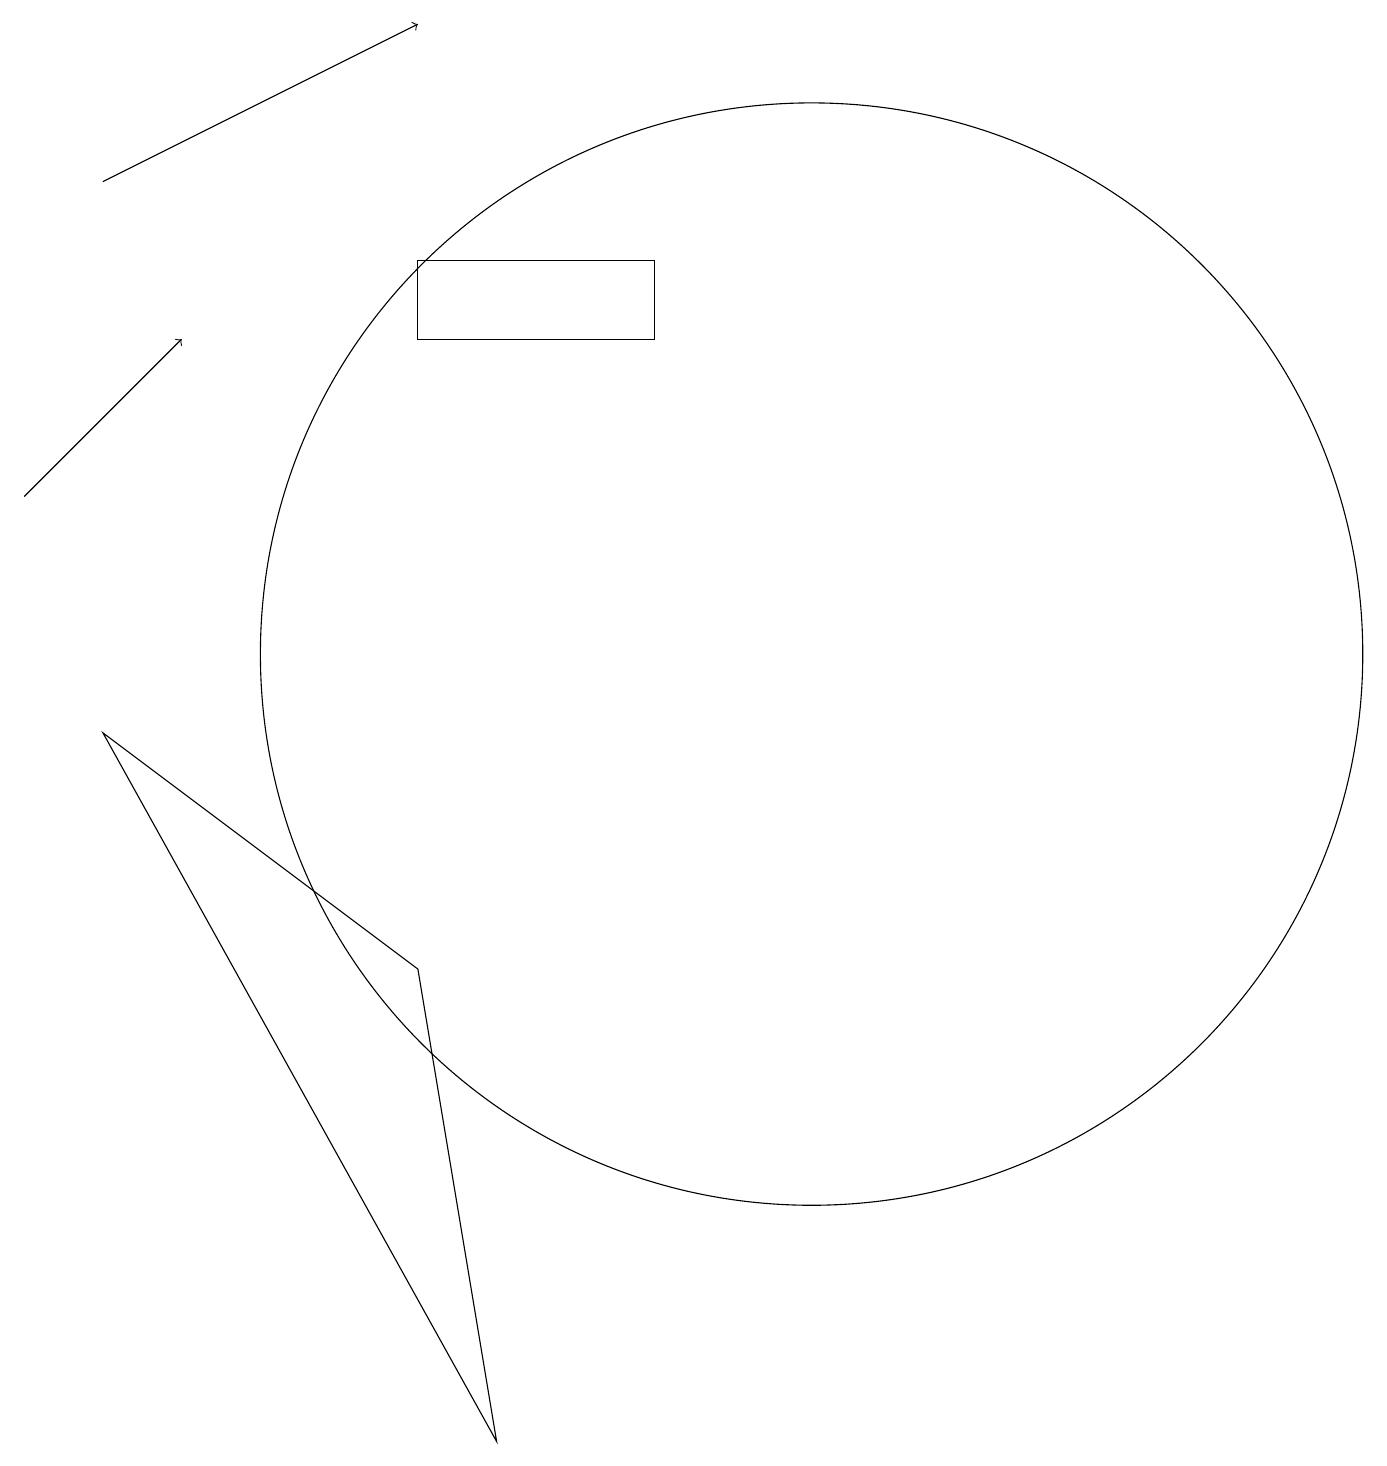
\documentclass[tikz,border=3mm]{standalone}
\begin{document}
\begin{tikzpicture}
\draw (6,15) rectangle (9,14);
\draw (2,9) -- (6,6) -- (7,0) -- cycle;
\draw[->] (1,12) -- (3,14);
\draw[->] (2,16) -- (6,18);
\draw (11,10) circle (7);
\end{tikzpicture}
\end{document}